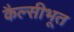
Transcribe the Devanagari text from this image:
कैल्सीभूत